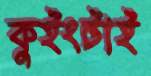
কুইংটাই